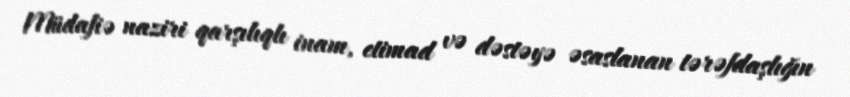
Müdafiə naziri qarşılıqlı inam, etimad və dəstəyə əsaslanan tərəfdaşlığın